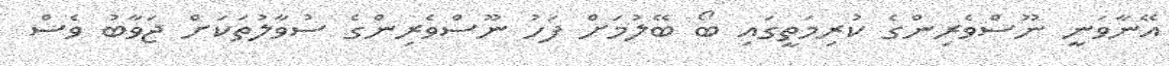
އޭނާވަނީ ނޫސްވެރިންގެ ކުރިމަތީގައި ބޯ ބޭލުމަށް ފަހު ނޫސްވެރިންގެ ސުވާލުތަކަށް ޖަވާބު ވެސް